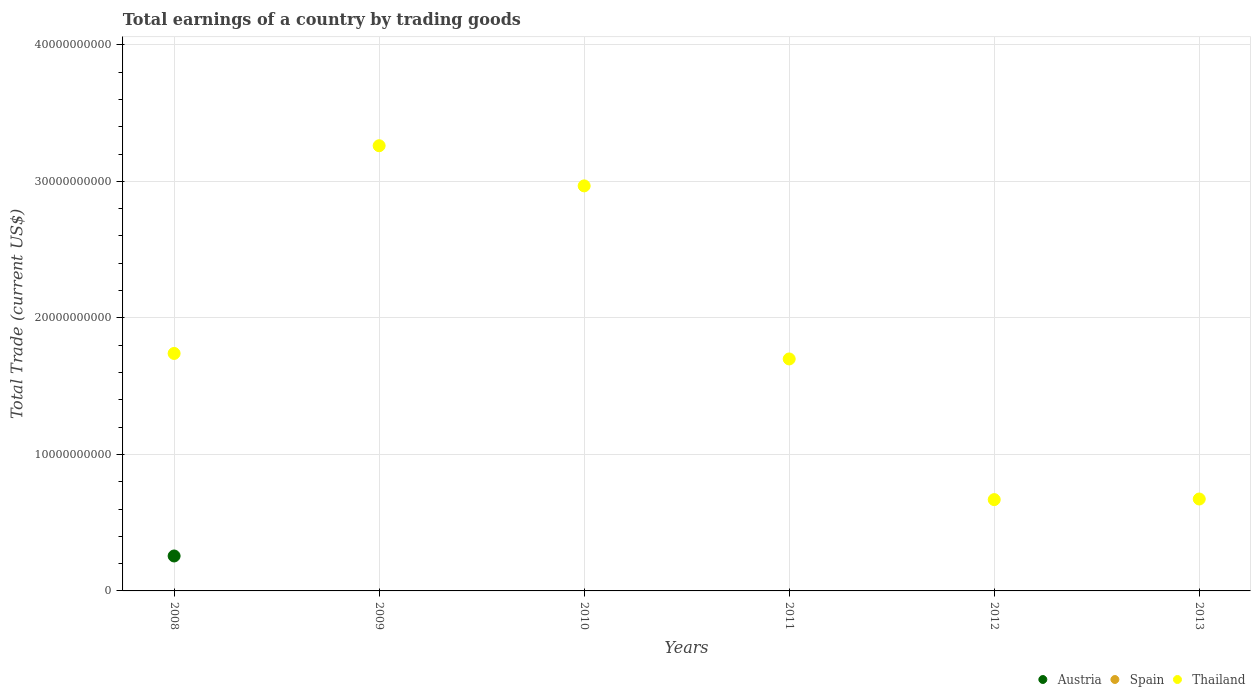
| Years | Austria | Spain | Thailand |
 | --- | --- | --- | --- |
 | 2008 | 2.56e+09 | -1.27e+11 | 1.74e+10 |
 | 2009 | -6.76e+08 | -5.79e+10 | 3.26e+10 |
 | 2010 | -1.84e+09 | -6.33e+10 | 2.97e+10 |
 | 2011 | -5.04e+09 | -5.93e+10 | 1.7e+10 |
 | 2012 | -4.06e+09 | -3.35e+10 | 6.69e+09 |
 | 2013 | -2.55e+09 | -1.68e+10 | 6.73e+09 |